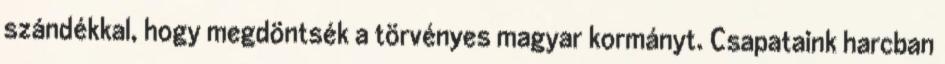
szándékkal, hogy megdöntsék a törvényes magyar kormányt. Csapataink harcban